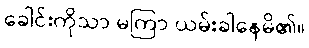
ခေါင်းကိုသာ မကြာ ယမ်းခါနေမိ၏။